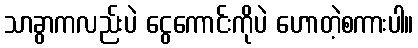
သာခွာကလည်းပဲ ငွေကောင်းကိုပဲ ဟောတဲ့စကားပါ။